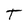
Character: T